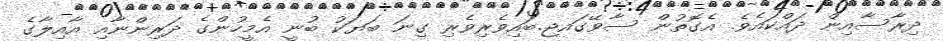
ދިރާާސާއިން ދައްކައެވެ. އެގޮތުން ސާވޭގައޖ.ބައިވެރިވެރި ގިނަ ބަޔަކު ބުނީ އެމީހުންގެ ދަރިންނާއި އާއިލާގެ